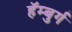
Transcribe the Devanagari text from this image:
हॅम्बुर्ग